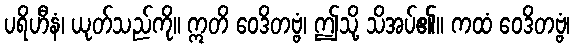
ပရိဟီနံ၊ ယုတ်သည်ကို။ ဣတိ ဝေဒိတဗ္ဗံ၊ ဤသို့ သိအပ်၏။ ကထံ ဝေဒိတဗ္ဗံ၊